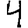
Digit: 4